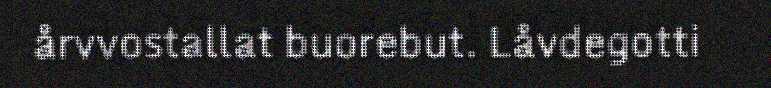
årvvostallat buorebut. Låvdegotti